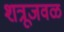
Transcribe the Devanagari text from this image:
शत्रूजवळ